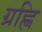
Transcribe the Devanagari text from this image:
ग्रह्णि